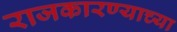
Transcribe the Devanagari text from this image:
राजकारण्याच्या